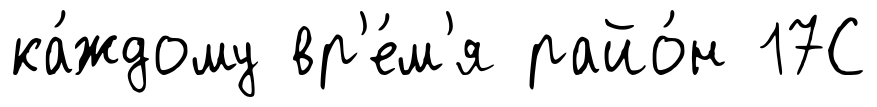
ка́ждому вр'е́м'я райо́н 17С